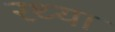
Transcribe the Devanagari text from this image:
रथ्या